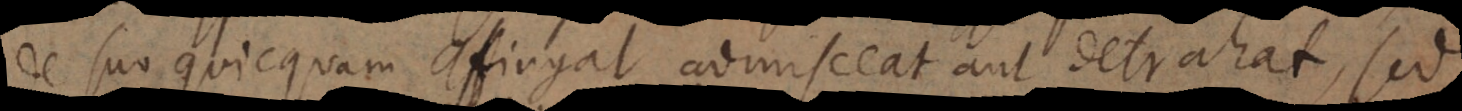
de suo quicquam affingat admisceat aut detrahat, sed